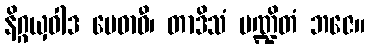
နိဂ္ဂယှဝါဒ မေဓာဝီ၊ တာဒိသံ ပဏ္ဍိတံ ဘဇေ။